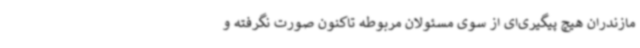
مازندران هیچ پیگیری‌ای از سوی مسئولان مربوطه تاکنون صورت نگرفته و